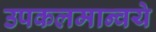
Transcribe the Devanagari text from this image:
उपकलमान्वये